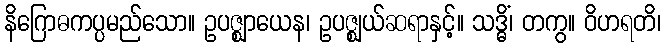
နိဂြောဓကပ္ပမည်သော။ ဥပဇ္ဈာယေန၊ ဥပဇ္ဈယ်ဆရာနှင့်။ သဒ္ဓိံ၊ တကွ။ ဝိဟရတိ၊